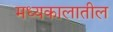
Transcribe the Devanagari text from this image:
मध्यकालातील